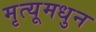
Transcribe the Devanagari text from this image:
मृत्यूमधुन